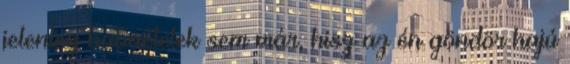
jelenleg babaételek sem már, hisz az én göndör hajú